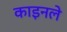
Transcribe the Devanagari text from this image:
काइनले